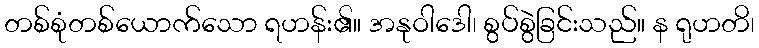
တစ်စုံတစ်ယောက်သော ရဟန်း၏။ အနုဝါဒေါ၊ စွပ်စွဲခြင်းသည်။ န ရုဟတိ၊